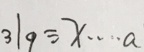
3 1 9 \div x \cdots a